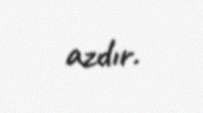
azdır.